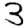
Digit: 3